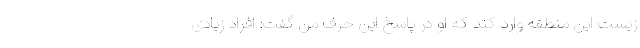
زیست این منطقه وارد کند که او در پاسخ این حرف من گفت: افراد زیادی